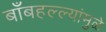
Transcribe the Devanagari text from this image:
बाँबहल्ल्यांमुळे